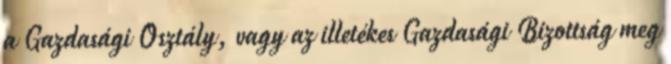
a Gazdasági Osztály, vagy az illetékes Gazdasági Bizottság meg